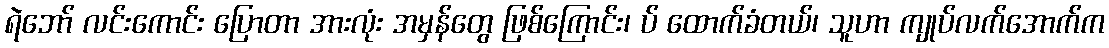
ရဲဘော် လင်းကောင်း ပြောတာ အားလုံး အမှန်တွေ ဖြစ်ကြောင်း၊ ပ် ထောက်ခံတယ်၊ သူဟာ ကျုပ်လက်အောက်က